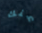
عنك